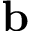
\textbf { b }